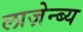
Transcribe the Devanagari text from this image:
लाज़ेन्ब्य